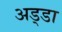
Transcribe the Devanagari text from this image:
अड्‍डा